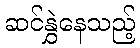
ဆင်နွှဲနေသည့်